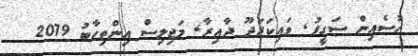
ހުސެއިން ސަގީފު